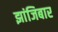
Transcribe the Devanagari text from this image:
झांजिबार